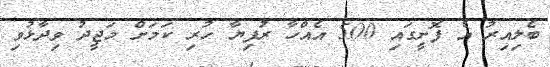
ބެލިއިރު އެ ފޮށީގައި 500 އެއްހާ ރުފިޔާ ހުރި ކަމަށް މަޖީދު ވިދާޅުވި